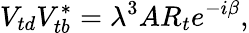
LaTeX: V_{td}V_{tb}^{\ast}=\lambda^{3}AR_{t}e^{-i\beta},